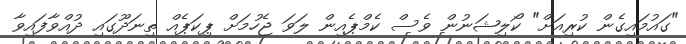
"ގައުމައިގެން ކުރިއަށް" ކޯލިޝަނުން ވެސް ކެމްޕެއިން ލަވަ ޖެހުމަށް ޕިކަޕެއް ތިނަދޫގައި ދުއްވާފައިވާ